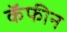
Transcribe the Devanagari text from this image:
कॅफीन